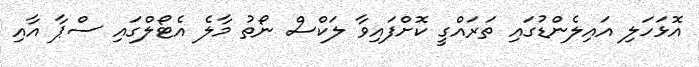
އޮޅަހަލި އައިލެންޑުގައި ތަރައްގީ ކޮށްފައިވާ ލަކްސް ނޯތު މާލެ އެޓޯލްގައި ސްޕާ އާއި